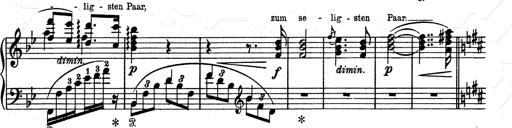
Title: Aus Lohengrin
Composer: Franz Liszt